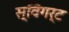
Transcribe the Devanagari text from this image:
स्विगर्ट